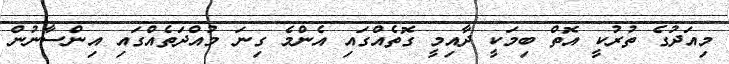
މިއަދުގެ ތުރުކީ އޮތް ބިމަކީ ދާއިމީ ގޮތެއްގައި އެންމެ ގިނަ މުއްދަތެއްގައި އިންސާނުން